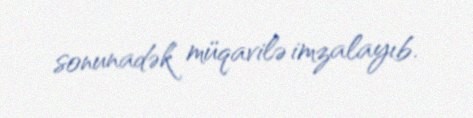
sonunadək müqavilə imzalayıb.